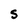
Character: S